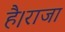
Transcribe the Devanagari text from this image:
है।राजा